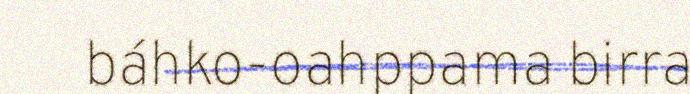
báhko-oahppama birra